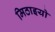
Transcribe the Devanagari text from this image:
मिठाइयो